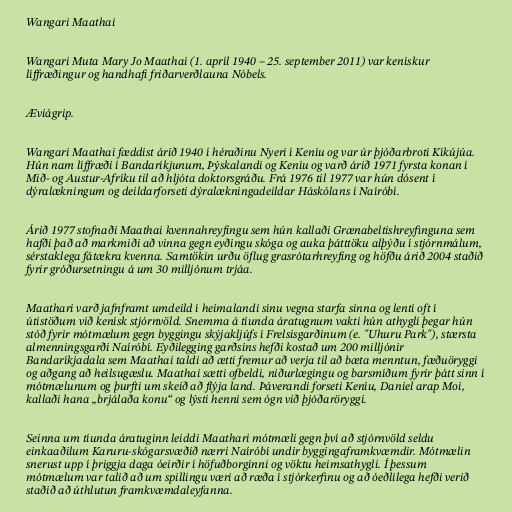
Wangari Maathai

Wangari Muta Mary Jo Maathai (1. apríl 1940 – 25. september 2011) var kenískur
líffræðingur og handhafi friðarverðlauna Nóbels.

Æviágrip.

Wangari Maathai fæddist árið 1940 í héraðinu Nyeri í Keníu og var úr þjóðarbroti Kíkújúa.
Hún nam líffræði í Bandaríkjunum, Þýskalandi og Keníu og varð árið 1971 fyrsta konan í
Mið- og Austur-Afríku til að hljóta doktorsgráðu. Frá 1976 til 1977 var hún dósent í
dýralækningum og deildarforseti dýralækningadeildar Háskólans í Naíróbí.

Árið 1977 stofnaði Maathai kvennahreyfingu sem hún kallaði Grænabeltishreyfinguna sem
hafði það að markmiði að vinna gegn eyðingu skóga og auka þátttöku alþýðu í stjórnmálum,
sérstaklega fátækra kvenna. Samtökin urðu öflug grasrótarhreyfing og höfðu árið 2004 staðið
fyrir gróðursetningu á um 30 milljónum trjáa.

Maathari varð jafnframt umdeild í heimalandi sínu vegna starfa sinna og lenti oft í
útistöðum við kenísk stjórnvöld. Snemma á tíunda áratugnum vakti hún athygli þegar hún
stóð fyrir mótmælum gegn byggingu skýjakljúfs í Frelsisgarðinum (e. "Uhuru Park"), stærsta
almenningsgarði Naíróbí. Eyðilegging garðsins hefði kostað um 200 milljónir
Bandaríkjadala sem Maathai taldi að ætti fremur að verja til að bæta menntun, fæðuöryggi
og aðgang að heilsugæslu. Maathai sætti ofbeldi, niðurlægingu og barsmíðum fyrir þátt sinn í
mótmælunum og þurfti um skeið að flýja land. Þáverandi forseti Keníu, Daniel arap Moi,
kallaði hana „brjálaða konu“ og lýsti henni sem ógn við þjóðaröryggi.

Seinna um tíunda áratuginn leiddi Maathari mótmæli gegn því að stjórnvöld seldu
einkaaðilum Karuru-skógarsvæðið nærri Naíróbí undir byggingaframkvæmdir. Mótmælin
snerust upp í þriggja daga óeirðir í höfuðborginni og vöktu heimsathygli. Í þessum
mótmælum var talið að um spillingu væri að ræða í stjórkerfinu og að óeðlilega hefði verið
staðið að úthlutun framkvæmdaleyfanna.